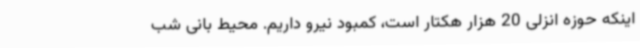
اینکه حوزه انزلی 20 هزار هکتار است، کمبود نیرو داریم. محیط بانی شب